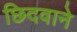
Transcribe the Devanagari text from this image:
छिदवाने